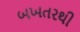
બખતરથી